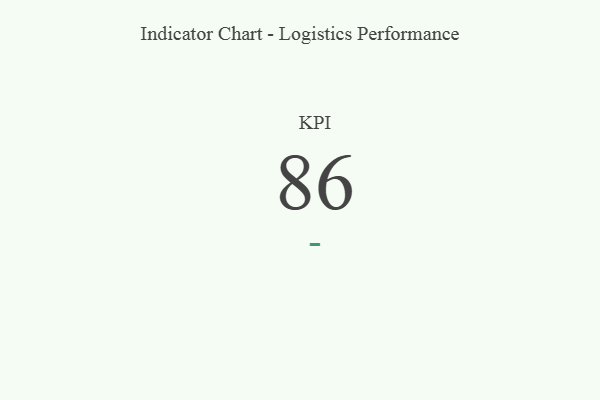
{"axis": {"x": "KPI", "y": "Value"}, "legend": [""], "data": [{"x": "KPI", "y": 86, "type": ""}]}